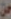
من